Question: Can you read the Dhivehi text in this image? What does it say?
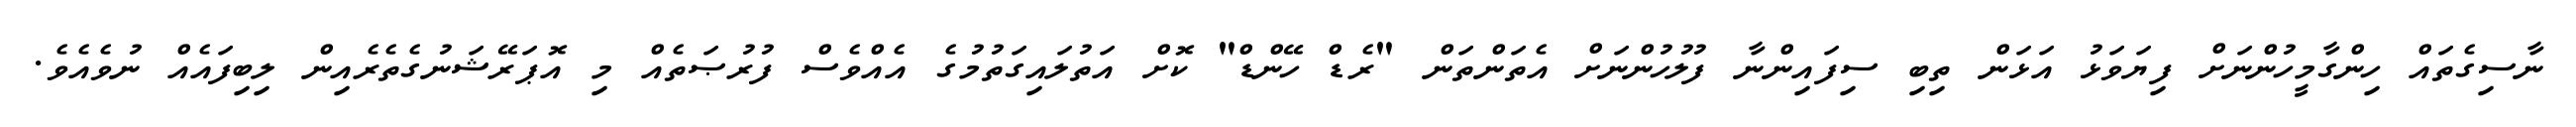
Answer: ނާސިގެތައް ހިންގާމީހުންނަށް ފިޔަވަޅު އަޅަން ތިބި ސިފައިންނާ ފުލުހުންނަށް އެތަންތަން "ރެޑް ހޭންޑް" ކޮށް އަތުލައިގަތުމުގެ އެއްވެސް ފުރުޞަތެއް މި އޮޕަރޭޝަނުގެތެރެއިން ލިބިފައެއް ނުވެއެވެ.